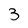
Character: 3